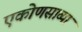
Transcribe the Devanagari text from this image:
एकोणसाव्या